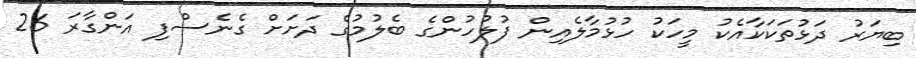
ބިޔަރު ދަޅުތަކަކާއެކު މީހަކު ހުޅުމާލެއިން ފުލުހުންގެ ބެލުމުގެ ދަށަށް ގެނެސްފި އަންގާރަ 26